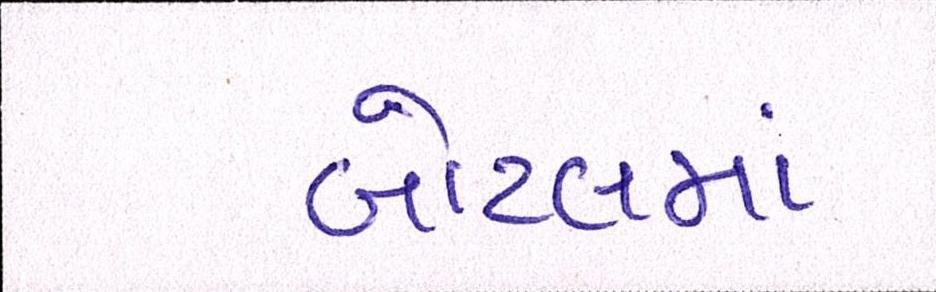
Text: બોટલમાં